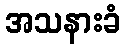
အသနားခံ